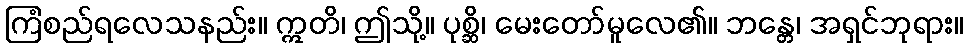
ကြံစည်ရလေသနည်း။ ဣတိ၊ ဤသို့။ ပုစ္ဆိ၊ မေးတော်မူလေ၏။ ဘန္တေ၊ အရှင်ဘုရား။